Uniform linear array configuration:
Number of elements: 8
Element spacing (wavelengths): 1
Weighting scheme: hann
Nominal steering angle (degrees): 15
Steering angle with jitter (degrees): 16.71
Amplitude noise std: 0.05
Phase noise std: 0.05

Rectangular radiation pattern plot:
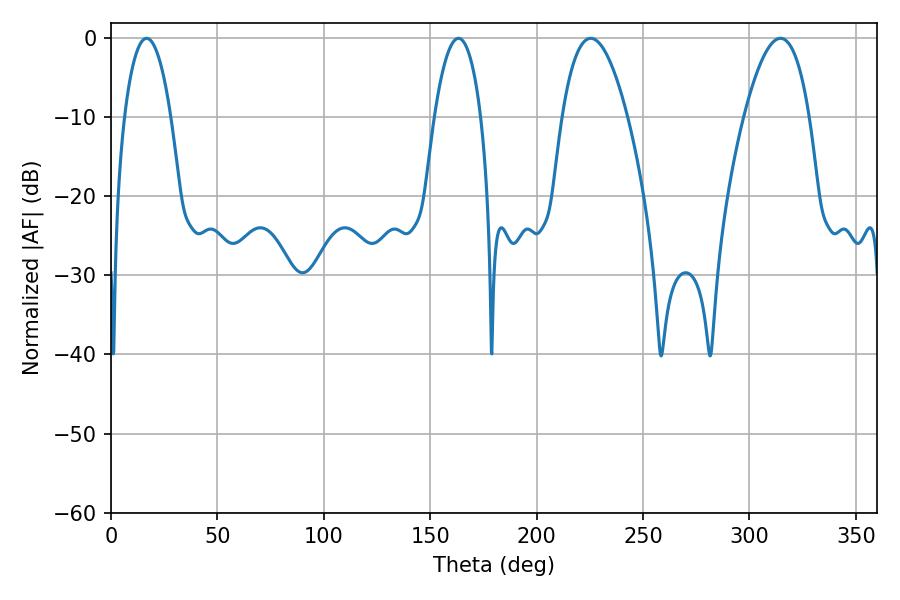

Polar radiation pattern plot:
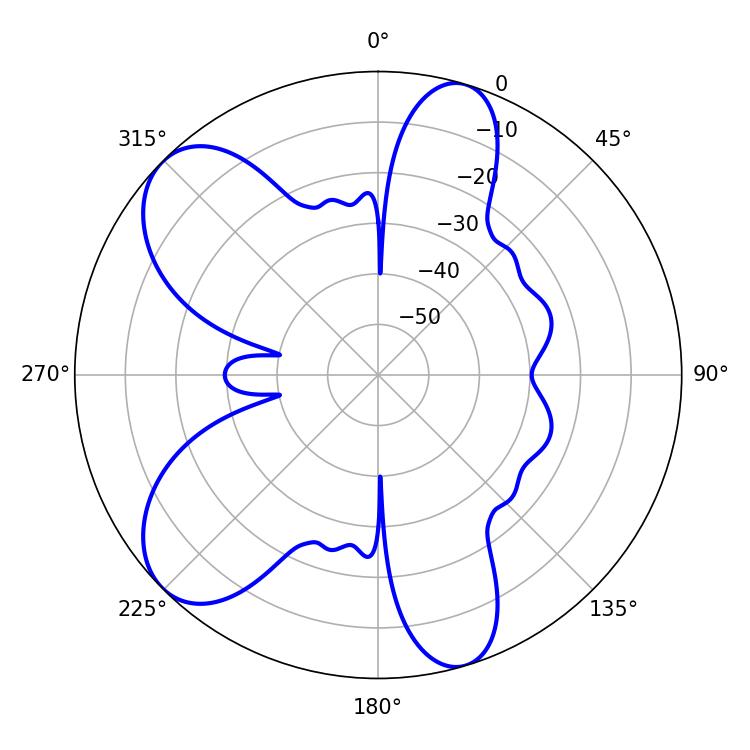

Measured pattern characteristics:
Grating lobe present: TRUE
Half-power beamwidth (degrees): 12.24
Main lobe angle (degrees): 16.74